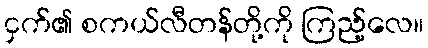
ငှက်၏ စကယ်လီတန်တို့ကို ကြည့်လေ။